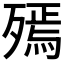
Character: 𣩙